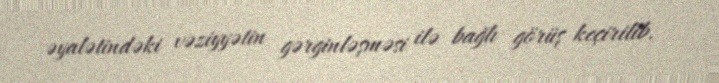
əyalətindəki vəziyyətin gərginləşməsi ilə bağlı görüş keçirilib.